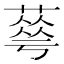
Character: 䔢